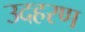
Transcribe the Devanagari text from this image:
उदहरण